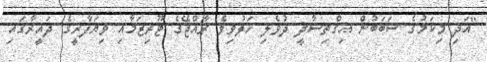
"އަދި މިކަމުގެ ސަބަބުން އިގްތިސާދީ ދުވެލި ހަލުވިވެ ރާއްޖޭގެ ޓޫރިޒަމާއި ވިޔަފާރީގެ ދައީރާގައި